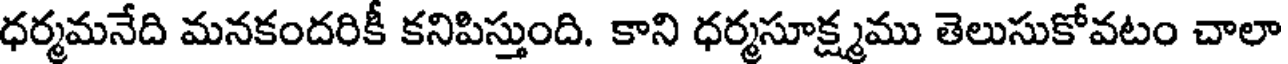
ధర్మమనేది మనకందరికీ కనిపిస్తుంది. కాని ధర్మసూక్ష్మము తెలుసుకోవటం చాలా